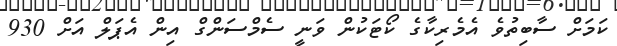
ކަމަށް ސާބިތުވެ އެމެރިކާގެ ކޯޓަކުން ވަނީ ސެމްސަންގް އިން އެޕަލް އަށް 930